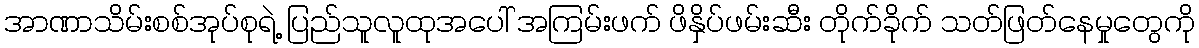
အာဏာသိမ်းစစ်အုပ်စုရဲ့ ပြည်သူလူထုအပေါ် အကြမ်းဖက် ဖိနှိပ်ဖမ်းဆီး တိုက်ခိုက် သတ်ဖြတ်နေမှုတွေကို